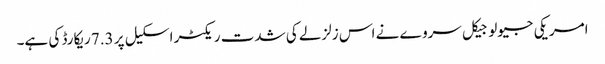
امریکی جیولوجیکل سروے نے اس زلزلے کی شدت ریکٹر اسکیل پر 7.3 ریکارڈ کی ہے۔